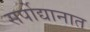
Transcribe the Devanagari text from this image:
सर्पोद्यानात